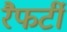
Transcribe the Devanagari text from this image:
रैफर्टी